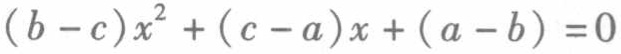
\((b - c)x^{2}+(c - a)x+(a - b)=0\)